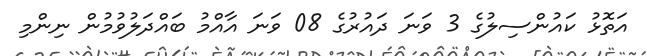
އަތޮޅު ކައުންސިލުގެ 3 ވަނަ ދައުރުގެ 08 ވަނަ އާއްމު ބައްދަލުވުމުން ނިންމި